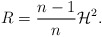
\begin{align*}R=\frac{n-1}{n}\mathcal{H}^2.\end{align*}